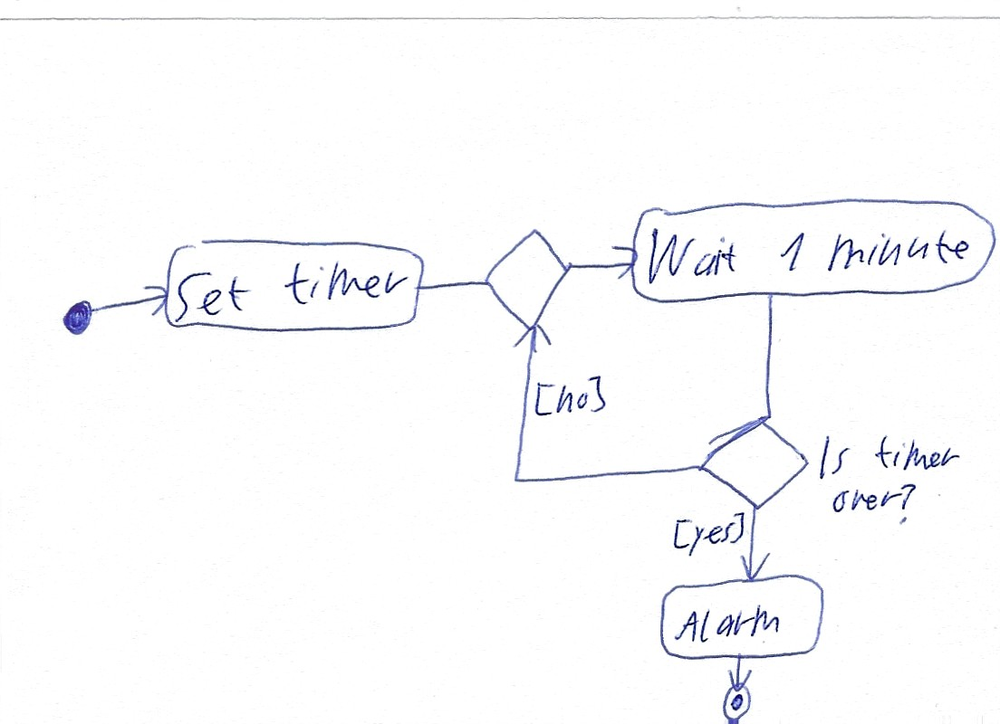
Diagram type: activity_diagram
```plantuml
@startuml

start

:Set timer;

repeat
  :Wait 1 minute;
repeat while (Is timer over?) is ([yes]) not ([no])

:Alarm;

stop

@enduml
```